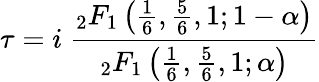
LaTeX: \tau=i\ {\frac{{}_{2}F_{1}\left({\frac{1}{6}},{\frac{5}{6}},1;1-\alpha\right)}{{}_{2}F_{1}\left({\frac{1}{6}},{\frac{5}{6}},1;\alpha\right)}}